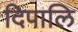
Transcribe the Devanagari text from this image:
दिपालि